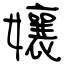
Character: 孃